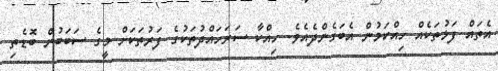
އެތައް ފަޅުތަކެއް ހިއްކަމުން އެބަގެންދެއެވެ. ހިއްކާ ސަރަހައްދުތަކުގެ ފަރުތަކަށް މީގެ ސަބަބުން ބޮޑެތި